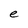
Character: e